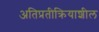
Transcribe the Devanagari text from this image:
अतिप्रतीक्रियाशील